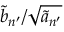
\widetilde { b } _ { n ^ { \prime } } / \sqrt { \widetilde { a } _ { n ^ { \prime } } }